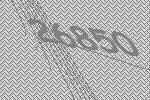
26850